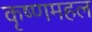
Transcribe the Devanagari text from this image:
कृष्णमहल